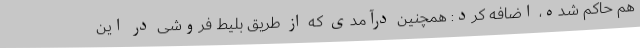
هم حاکم شده، اضافه کرد: همچنین درآمدی که از طریق بلیط فروشی در این